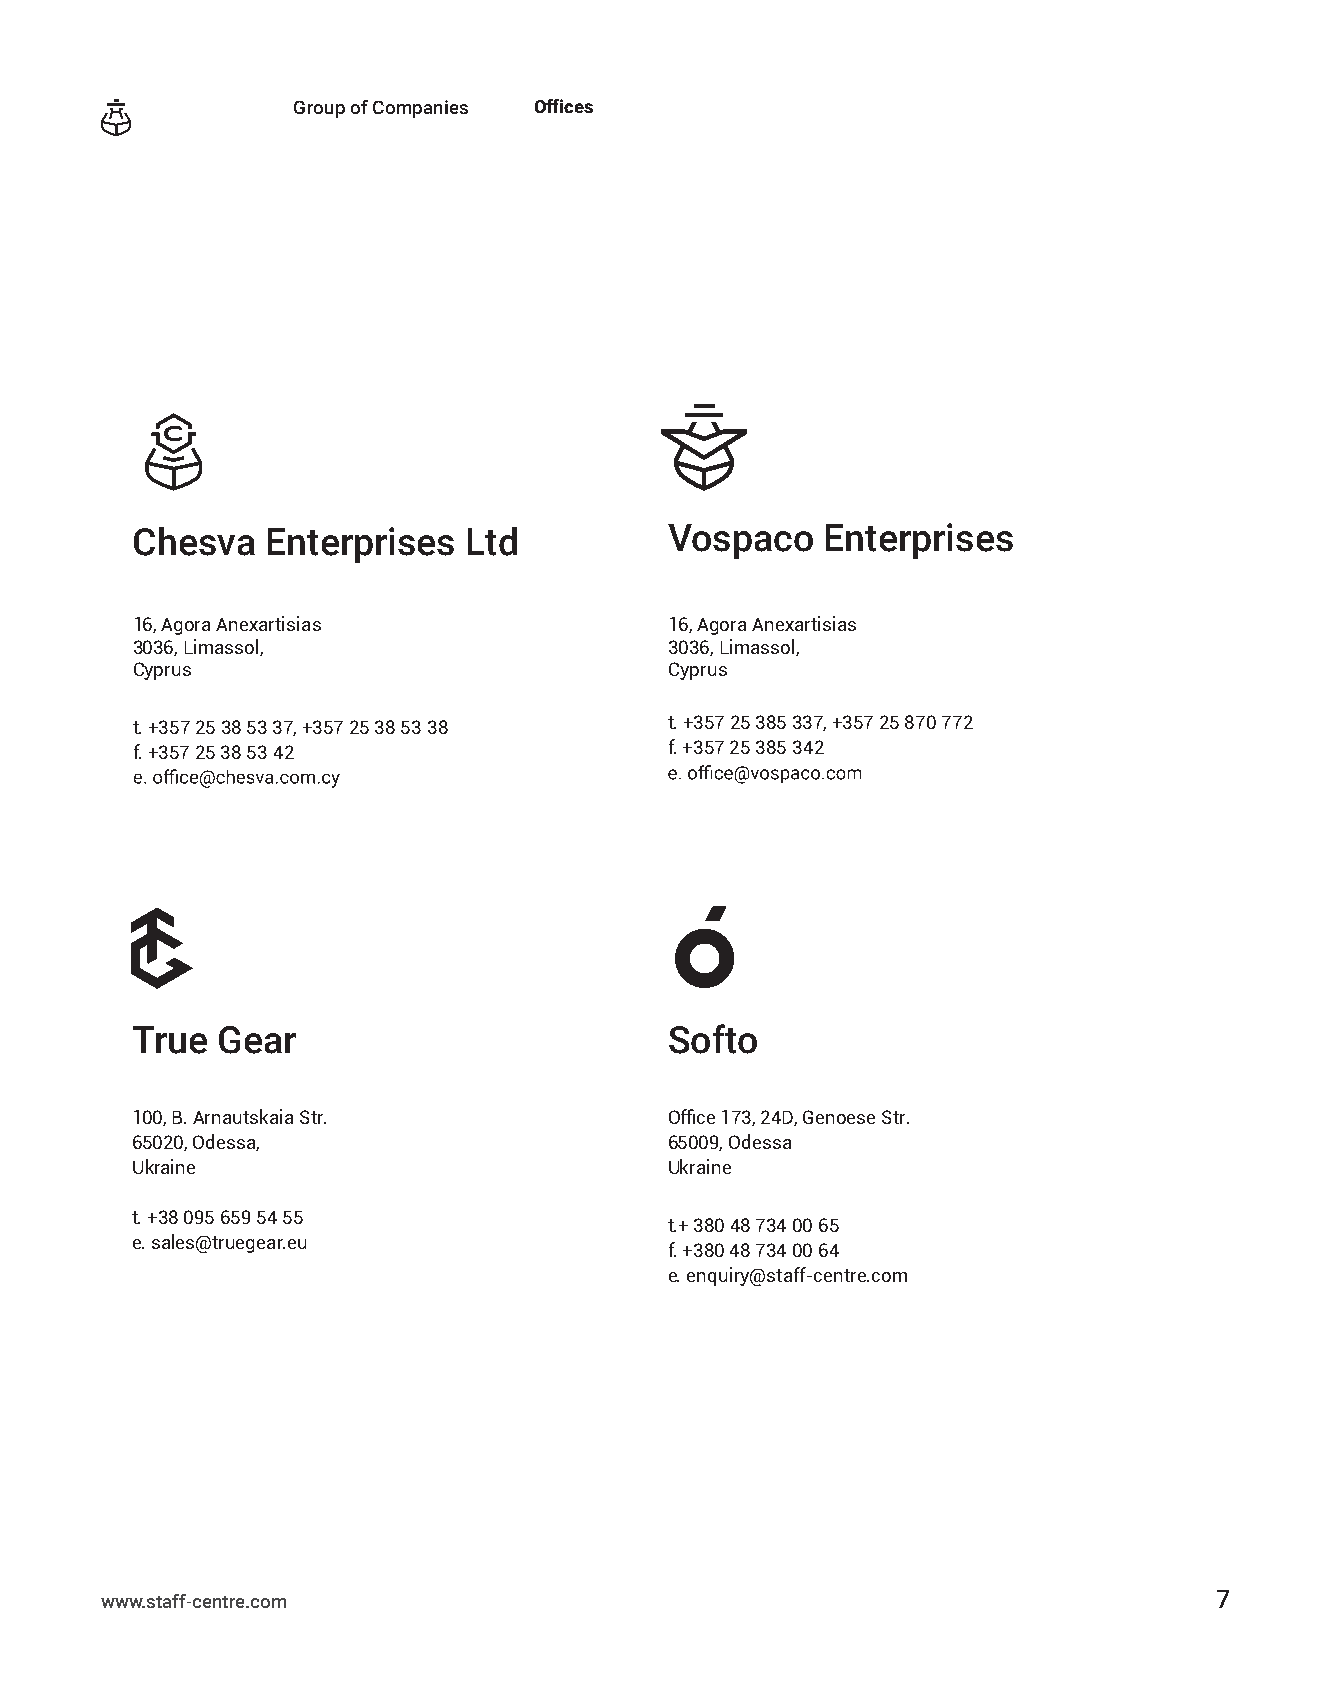
Group of Companies Offices
 Chesva   Enterprises  Ltd          Vospaco    Enterprises
 16, Agora Anexartisias             16, Agora Anexartisias
 3036, Limassol,                    3036, Limassol,
 Cyprus                             Cyprus
 t. +357 25 38 53 37, +357 25 38 53 38 t. +357 25 385 337, +357 25 870 772
 f. +357 25 38 53 42                f. +357 25 385 342
 True Gear                          Softo
 100, B. Arnautskaia Str.           Office 173, 24D, Genoese Str.
 65020, Odessa,                     65009, Odessa
 Ukraine                            Ukraine
 t. +38 095 659 54 55
 t.+ 380 48 734 00 65
 e. sales@truegear.eu
 f. +380 48 734 00 64
 e. enquiry@staff-centre.com
 www.staff-centre.com                                                     7